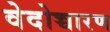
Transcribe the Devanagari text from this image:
वेदोच्चारण